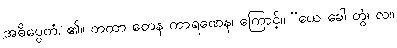
အဓိပ္ပေတံ၊ ၏။ တထာ တေန ကာရဏေန၊ ကြောင့်။ “ယေ ခေါ တွံ၊ လ။